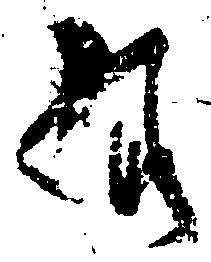
様